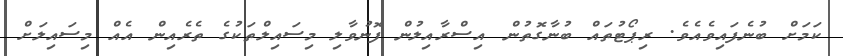
ކަމަށް ބުނެފައިވެއެވެެ. ރިޕޯޓުތައް ބުނާގޮތުން އިސްރާއިލުން ފޮނުވާލި މިސައިލްތަކުގެ ތެރެއިން އެއް މިސައިލަށް